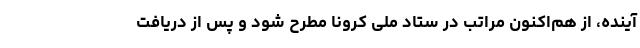
آینده، از هم‌اکنون مراتب در ستاد ملی کرونا مطرح شود و پس از دریافت